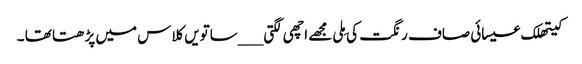
کیتھلک عیسائی صاف رنگت کی مِلی مجھے اچھی لگتی ___ساتویں کلاس میں پڑھتا تھا ۔